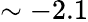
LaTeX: \sim-2.1